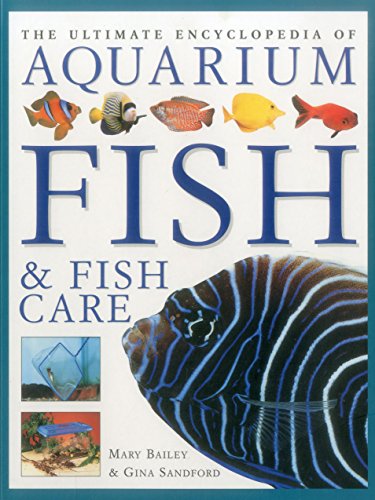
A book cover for The Ultimate Encyclopedia of Aquarium Fish & Fish Care: A Definitive Guide To Identifying And Keeping Freshwater And Marine Fishes; Mary Bailey; Crafts, Hobbies & Home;